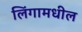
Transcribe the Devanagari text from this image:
लिंगामधील